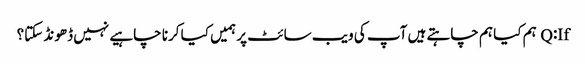
Q:If ہم کیا ہم چاہتے ہیں آپ کی ویب سائٹ پر ہمیں کیا کرنا چاہیے نہیں ڈھونڈ سکتا؟